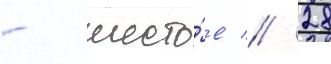
- шесто́е // 28